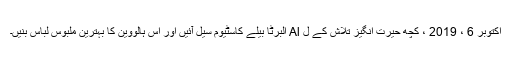
اکتوبر 6 ، 2019 ، کچھ حیرت انگیز تلاش کے ل Al البرٹا بیلے کاسٹیوم سیل آئیں اور اس ہالووین کا بہترین ملبوس لباس بنیں۔